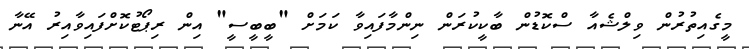
މީގެއިތުރުން ވިލްޝެއާ ސްކޮޑުން ބާކީކުރަން ނިންމާފައިވާ ކަމަށް "ބީބީސީ" އިން ރިޕޯޓުކޮށްފައިވާއިރު އޭނާ